Annual administration report of the Civil Veterinary Department of India - 1896-1897
Year: 1896
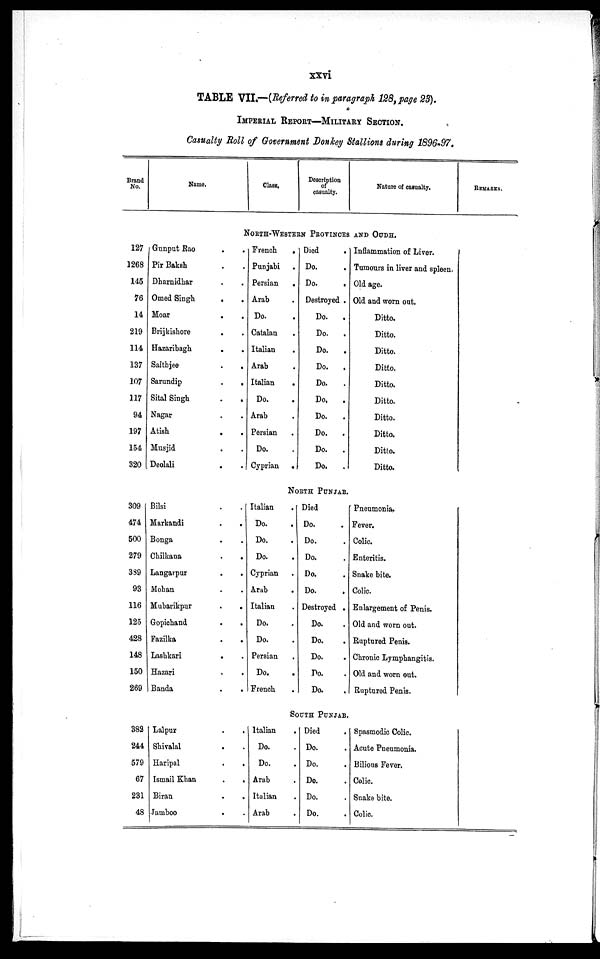
xxvi
TABLE VII.—(Referred to in paragraph 128, page 23).
IMPERIAL REPORT—MILITARY SECTION.
Casualty Roll of Government Donkey Stallions during 1896-97.
Brand
No.
Name.
Class.
Description
of
casualty.
Nature of casualty.
REMARKS.
NORTH-WESTERN PROVINCES AND OUDH.
127
1268
145
76
14
219
114
137
107
117
94
197
154
320
Gunput Rao . .
Pir Baksh . .
Dharnidhar . .
Omed Singh
.
.
Moar . .
Brijkishore . .
Hazaribagh
.
.
Saithjee
.
.
Sarundip
.
.
Sital Singh . .
Nagar . .
Atish
.
.
Musjid . .
Deolali . .
French
.
Punjabi .
Persian
.
Arab .
Do. .
Catalan .
Italian .
Arab .
Italian
.
Do. .
Arab .
Persian
Do. .
Cyprian
.
Died .
Do. .
Do. .
Destroyed .
Do.
.
Do.
.
Do.
.
Do.
.
Do. .
Do. .
Do. .
Do.
.
Do.
.
Do.
.
Inflammation of Liver.
Tumours in liver and spleen.
Old age.
Old and worn out.
Ditto.
Ditto.
Ditto.
Ditto.
Ditto.
Ditto.
Ditto.
Ditto.
Ditto.
Ditto.
NORTH PUNJAB.
309
474
500
279
339
93
116
125
428
148
150
269
Bilsi . .
Markandi
.
.
Bonga . .
Chilkana
.
.
Langarpur . .
Mohan . .
Mubarikpur
.
.
Gopichand
.
.
Fazilka . .
Lashkari
.
.
Hazari . .
Banda . .
Italian .
Do. .
Do. .
Do. .
Cyprian .
Arab .
Italian .
Do. .
Do. .
Persian .
Do. .
French .
Died
Do. .
Do. .
Do. .
Do. .
Do. .
Destroyed .
Do. .
Do. .
Do. .
Do. .
Do. .
Pneumonia.
Fever.
Colic.
Enteritis.
Snake bite.
Colic.
Enlargement of Penis.
Old and worn out.
Ruptured Penis.
Chronic Lymphangitis.
Old and worn out.
Ruptured Penis.
SOUTH PUNJAB.
382
244
579
67
231
48
Lalpur . .
Shivalal . .
Haripal . .
Ismail Khan . .
Biran . .
Jamboo . .
Italian .
Do. .
Do. .
Arab .
Italian .
Arab .
Died .
Do. .
Do. .
Do. .
Do. .
Do. .
Spasmodic Colic.
Acute Pneumonia.
Bilious Fever.
Colic.
Snake bite.
Colic.